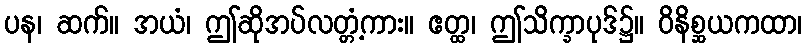
ပန၊ ဆက်။ အယံ၊ ဤဆိုအပ်လတ္တံ့ကား။ ဧတ္ထ၊ ဤသိက္ခာပုဒ်၌။ ဝိနိစ္ဆယကထာ၊